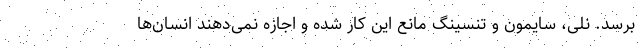
برسد. نلی، سایمون و تنسینگ مانع این کار شده و اجازه نمی‌دهند انسان‌ها